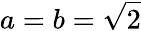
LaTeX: a=b={\sqrt{2}}